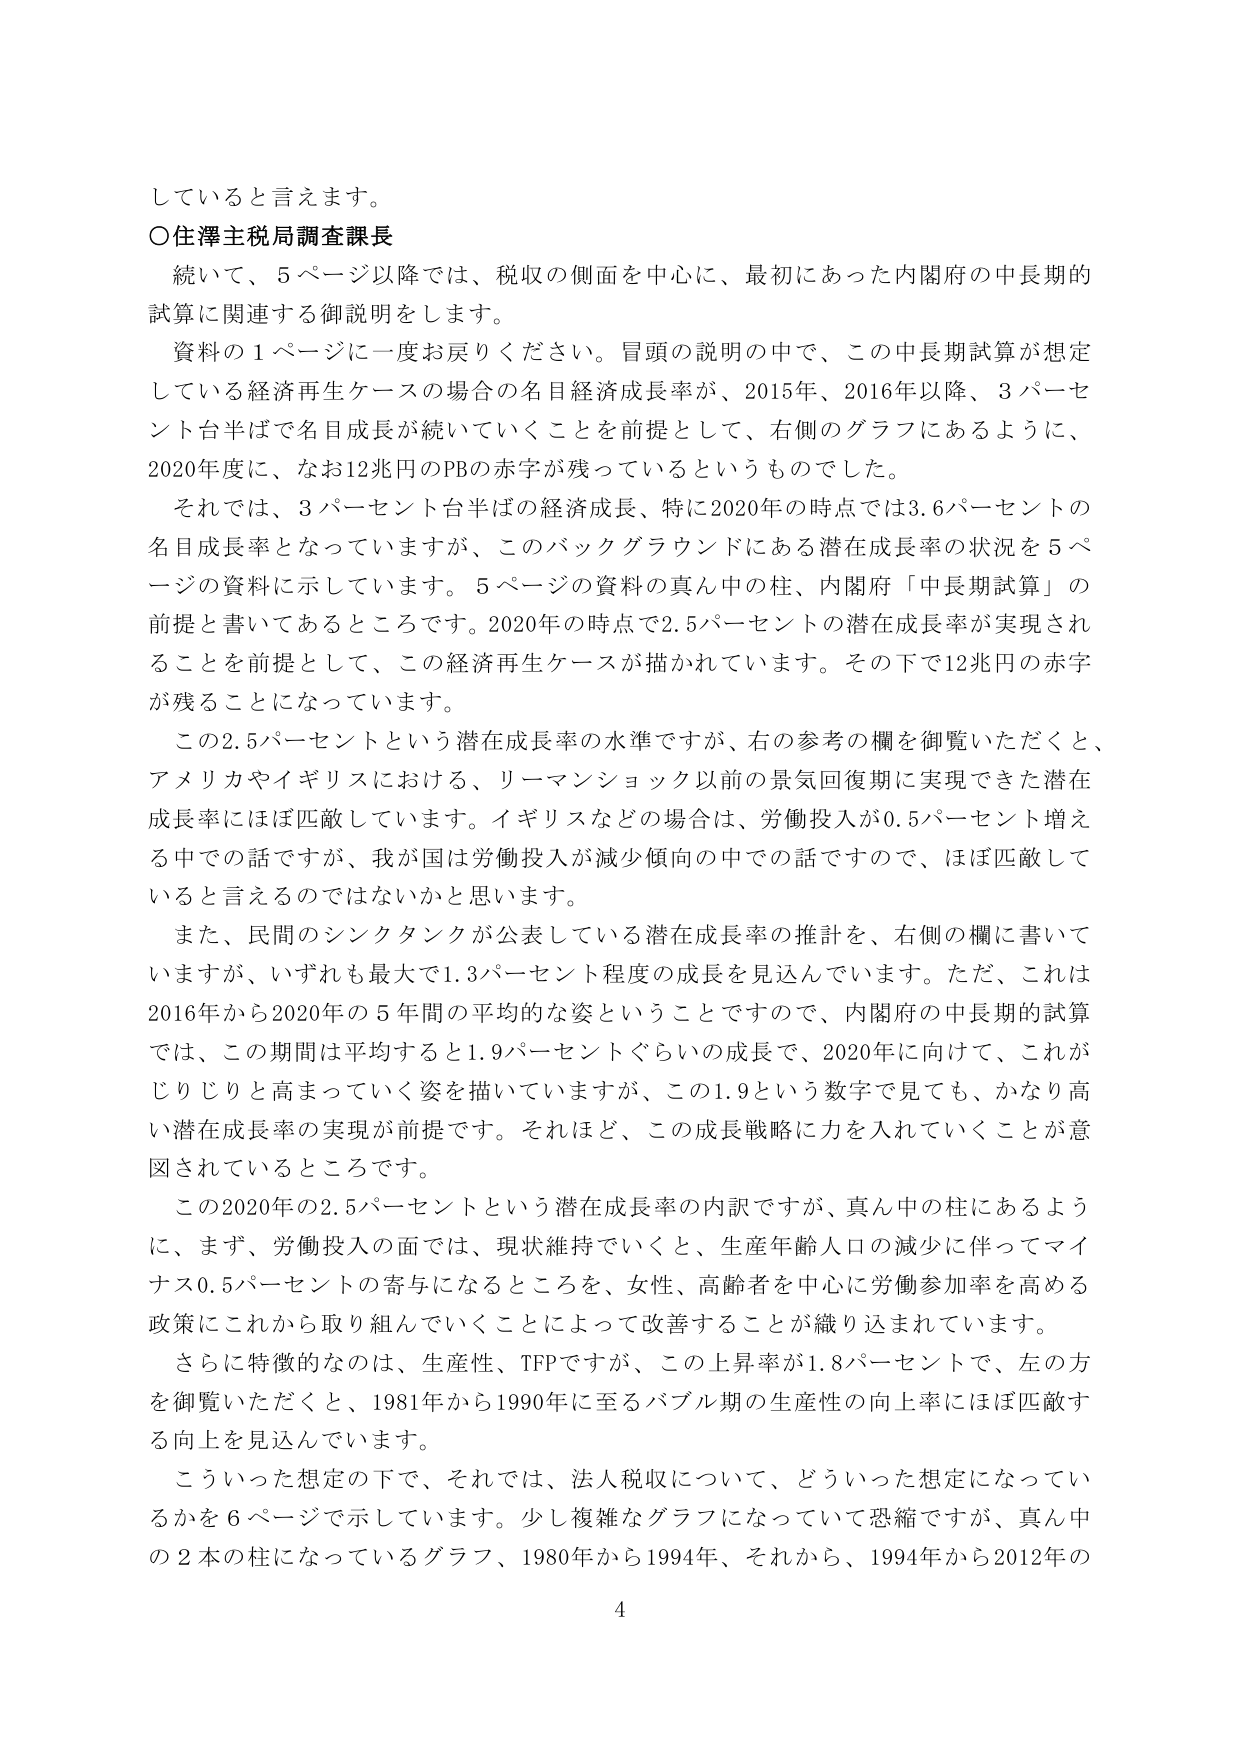
していると言えます。

○住澤主税局調査課長

　続いて、5ページ以降では、税収の側面を中心に、最初にあった内閣府の中長期的試算に関連する御説明をします。

　資料の1ページに一度お戻りください。冒頭の説明の中で、この中長期試算が想定している経済再生ケースの場合の名目経済成長率が、2015年、2016年以降、3パーセント台半ばで名目成長が続いていくことを前提として、右側のグラフにあるように、2020年度に、なお12兆円のPBの赤字が残っているというものでした。

　それでは、3パーセント台半ばの経済成長、特に2020年の時点では3.6パーセントの名目成長率となっていますが、このバックグラウンドにある潜在成長率の状況を5ページの資料に示しています。5ページの資料の真ん中の柱、内閣府「中長期試算」の前提と書いてあるところです。2020年の時点で2.5パーセントの潜在成長率が実現されることを前提として、この経済再生ケースが描かれています。その下で12兆円の赤字が残ることになっています。

　この2.5パーセントという潜在成長率の水準ですが、右の参考の欄を御覧いただくと、アメリカやイギリスにおける、リーマンショック以前の景気回復期に実現できた潜在成長率にはほぼ匹敵しています。イギリスなどの場合は、労働投入が0.5パーセント増える中での話ですが、我が国は労働投入が減少傾向の中での話ですので、ほぼ匹敵していると言えるのではないかと思います。

　また、民間のシンクタンクが公表している潜在成長率の推計を、右側の欄に書いていますが、いずれも最大で1.3パーセント程度の成長を見込んでいます。ただ、これは2016年から2020年の5年間の平均的な姿ということですので、内閣府の中長期的試算では、この期間は平均すると1.9パーセントぐらいの成長で、2020年に向けて、これがじりじりと高まっていく姿を描いていますが、この1.9という数字で見ても、かなり高い潜在成長率の実現が前提です。それほど、この成長戦略に力を入れていくことが意図されているところです。

　この2020年の2.5パーセントという潜在成長率の内訳ですが、真ん中の柱にあるように、まず、労働投入の面では、現状維持でいくと、生産年齢人口の減少に伴ってマイナス0.5パーセントの寄与になるところを、女性、高齢者を中心に労働参加率を高める政策にこれから取り組んでいくことによって改善することが織り込まれています。

　さらに特徴的なのは、生産性、TFPですが、この上昇率が1.8パーセントで、左の方を御覧いただくと、1981年から1990年に至るバブル期の生産性の向上率にはほぼ匹敵する向上を見込んでいます。

　こういった想定の下で、それでは、法人税収について、どういった想定になっているかを6ページで示しています。少し複雑なグラフになっていて恐縮ですが、真ん中の2本の柱になっているグラフ、1980年から1994年、それから、1994年から2012年の

4